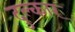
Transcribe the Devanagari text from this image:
दुल्कार